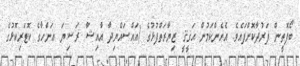
ބޯފޮތީން ފަރުދާކޮށްފައެވެ. އެހެންކަމުން ޙަޤީޤީ ޒިޔާރަތްފުޅުގެ (އައްސައްޔިދާ އާއިޝާ ރަޟިޔަ ޢަންހާގެ ކޮޓަރިކޮޅުގެ